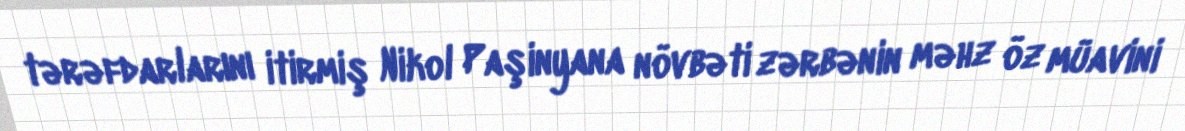
tərəfdarlarını itirmiş Nikol Paşinyana növbəti zərbənin məhz öz müavini